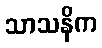
သာသနိက